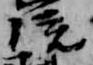
院